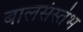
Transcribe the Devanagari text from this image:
बालसंस्तंभ